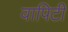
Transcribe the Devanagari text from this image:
वापिटी